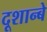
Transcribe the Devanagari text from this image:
दूशान्बे